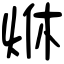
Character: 烌